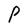
Character: P